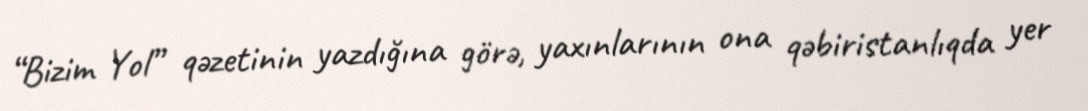
“Bizim Yol” qəzetinin yazdığına görə, yaxınlarının ona qəbiristanlıqda yer